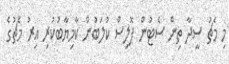
މި މެޗު ސީދާ ތިން ސެޓުން ޕޮލިސް ކުލަބުން ކާމިޔާބުކުރި އިރު މެޗުގެ